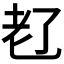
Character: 𬚊